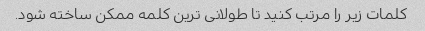
کلمات زیر را مرتب کنید تا طولانی ترین کلمه ممکن ساخته شود.